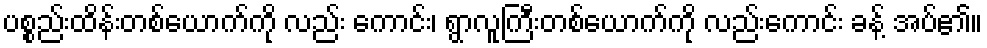
ပစ္စည်းထိန်းတစ်ယောက်ကို လည်း ကောင်း၊ ရွာလူကြီးတစ်ယောက်ကို လည်းကောင်း ခန့် အပ်၏။